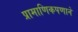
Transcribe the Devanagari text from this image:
प्रामाणिकपणाने